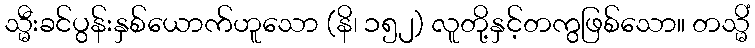
သ္မီးခင်ပွန်းနှစ်ယောက်ဟူသော (နိ၊ ၁၅၂) လူတို့နှင့်တကွဖြစ်သော။ တသ္မိံ